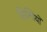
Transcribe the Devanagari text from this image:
सिन्धियों